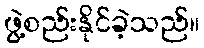
ဖွဲ့စည်းနိုင်ခဲ့သည်။